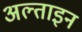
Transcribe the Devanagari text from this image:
अल्ताइन